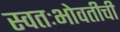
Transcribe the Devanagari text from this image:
स्वतःभोवतीची